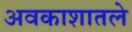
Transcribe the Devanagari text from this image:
अवकाशातले